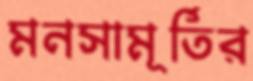
মনসামূর্তির